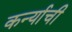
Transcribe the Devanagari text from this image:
कर्न्याची